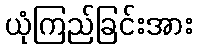
ယုံကြည်ခြင်းအား